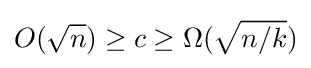
O({\sqrt {n}})\geq c\geq \Omega ({\sqrt {n/k}})